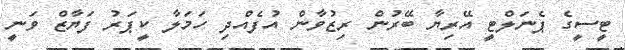
ޓީސީގެ ޕެނަލްޓީ އޭރިޔާ ބޭރުން ރިޒުވާން އުފެއްދި ހަމަލާ ކީޕަރު ފަޔާޒް ވަނީ